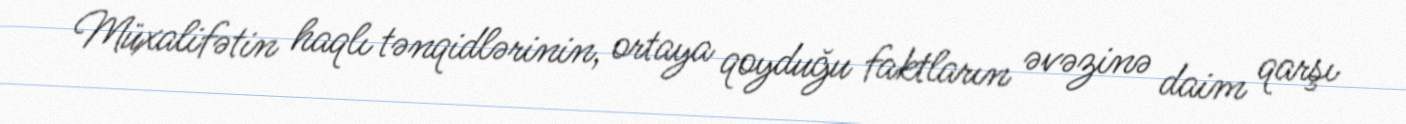
Müxalifətin haqlı tənqidlərinin, ortaya qoyduğu faktların əvəzinə daim qarşı